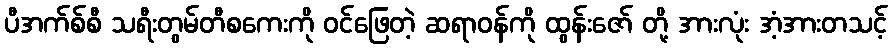
ပီအက်စ်စီ သရီးတွမ်တီစကေးကို ဝင်ဖြေတဲ့ ဆရာဝန်ကို ထွန်းဇော် တို့ အားလုံး အံ့အားတသင့်